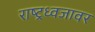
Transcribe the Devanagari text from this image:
राष्ट्रध्वजावर